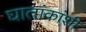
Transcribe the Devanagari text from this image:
घातांकांशी